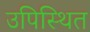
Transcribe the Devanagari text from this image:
उपिस्‍थित